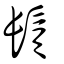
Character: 鬚